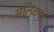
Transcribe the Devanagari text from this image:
सलिवन।